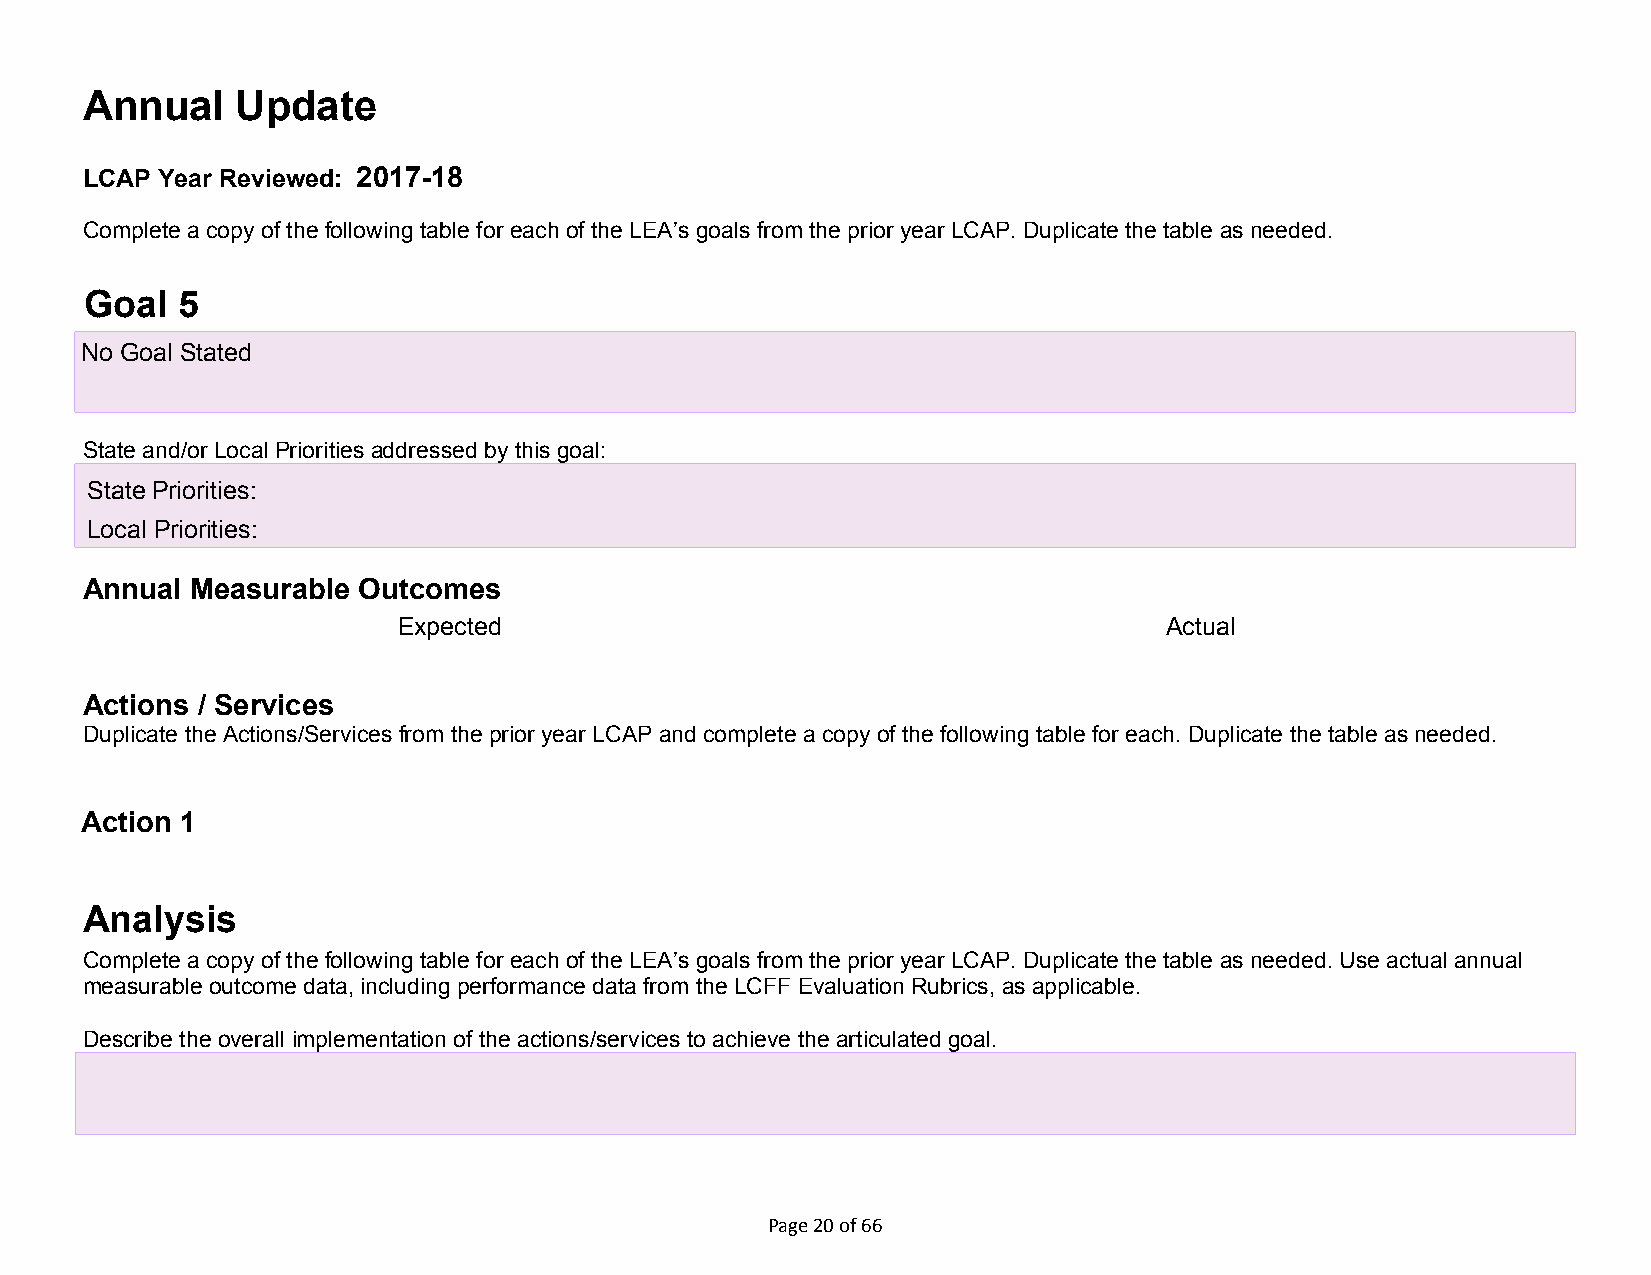
Annual     Update
 LCAP Year Reviewed: 2017-18
 Complete a copy of the following table for each of the LEA’s goals from the prior year LCAP. Duplicate the table as needed.
 Goal  5
 No Goal Stated
 State and/or Local Priorities addressed by this goal:
 State Priorities:
 Local Priorities:
 Annual  Measurable Outcomes
 Expected                                           Actual
 startcollapse
 Actions / Services
 Duplicate the Actions/Services from the prior year LCAP and complete a copy of the following table for each. Duplicate the table as needed.
 startcollapse
 Action 1
 Analysis
 Complete a copy of the following table for each of the LEA’s goals from the prior year LCAP. Duplicate the table as needed. Use actual annual
 measurable outcome data, including performance data from the LCFF Evaluation Rubrics, as applicable.
 Describe the overall implementation of the actions/services to achieve the articulated goal.
 Page 20 of 66